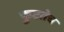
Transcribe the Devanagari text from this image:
फुटतेच